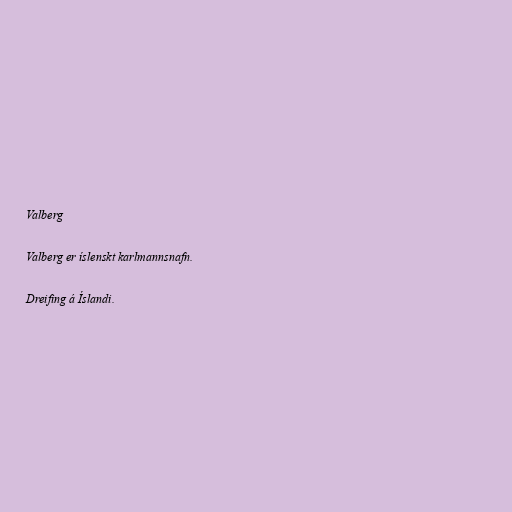
Valberg

Valberg er íslenskt karlmannsnafn.

Dreifing á Íslandi.